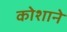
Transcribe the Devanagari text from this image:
कोशाने